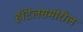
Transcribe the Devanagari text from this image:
हॉटेलसमोरील